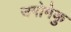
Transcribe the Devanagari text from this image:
उगोमेकु